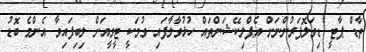
ތާޑް ޕާޓީ ޑިވަލޮޕަރުންނަށް އެޕްލިކޭޝަންތައް ހުޅުވާލާފައި ވުމަކީ ޓީވީއަށް ލިބިފައިވާ އެންމެ ބޮޑު